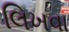
લિખવા